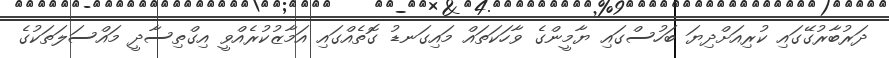
ދަރުބާރުގޭގައި ކުރިއަށްދިޔަ ބަހުސްގައި ޔާމީންގެ ވާހަކަތައް މައިގަނޑު ގޮތެއްގައި އަމާޒުކުރެއްވީ އިގްތިސާދީ މައްސަލަތަކުގެ